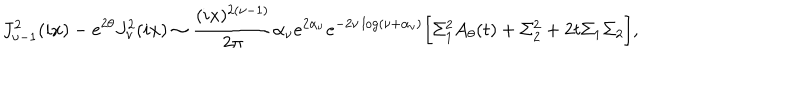
J _ { \nu - 1 } ^ { 2 } ( i x ) - e ^ { 2 \theta } J _ { \nu } ^ { 2 } ( i x ) \sim { \frac { ( i x ) ^ { 2 ( \nu - 1 ) } } { 2 \pi } } \alpha _ { \nu } e ^ { 2 \alpha _ { \nu } } e ^ { - 2 \nu \log ( \nu + \alpha _ { \nu } ) } \Bigr [ \Sigma _ { 1 } ^ { 2 } A _ { \theta } ( t ) + \Sigma _ { 2 } ^ { 2 } + 2 t \Sigma _ { 1 } \Sigma _ { 2 } \Bigr ] ,